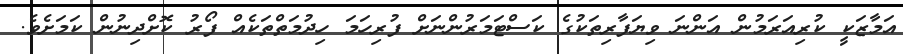
އަމާޒަކީ ކުރިއަރަމުން އަންނަ ވިޔަފާރިތަކުގެ ކަސްޓަމަރުންނަށް ފުރިހަމަ ހިދުމަތްތަކެއް ފޯރު ކޮށްދިނުން ކަމަށެވެ.